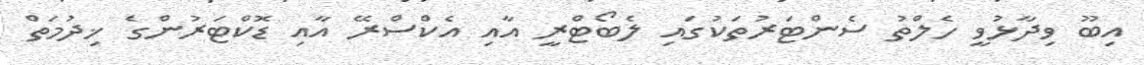
އިބޫ ވިދާޅުވީ ހެލްތު ސެންޓަރުތަކުގައި ލެބޯޓްރީ އާއި އެކްސްރޭ އާއި ޑޮކްޓަރުންގެ ޚިދުމަތް